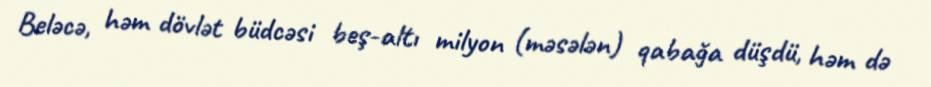
Beləcə, həm dövlət büdcəsi beş-altı milyon (məsələn) qabağa düşdü, həm də